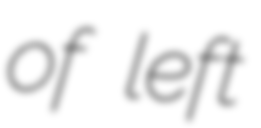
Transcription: of left